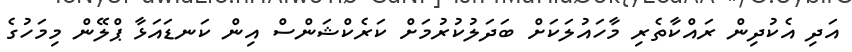
އަދި އެކުދިން ރައްކާތެރި މާހައުލަކަށް ބަދަލުކުރުމަށް ކަރެކްޝަންސް އިން ކަނޑައަޅާ ޕްލޭން މިމަހުގެ